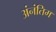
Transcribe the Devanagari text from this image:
अंनंतिम